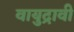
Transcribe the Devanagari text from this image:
वायुद्रावी